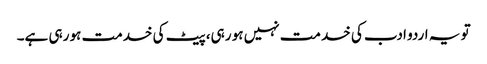
تو یہ اردو ادب کی خدمت نہیں ہو رہی، پیٹ کی خدمت ہو رہی ہے۔